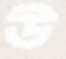
উ